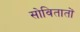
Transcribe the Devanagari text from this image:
सोवितातों